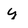
Character: y